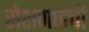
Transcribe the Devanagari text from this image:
रोशणाइची